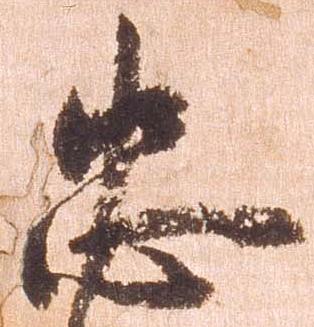
忠